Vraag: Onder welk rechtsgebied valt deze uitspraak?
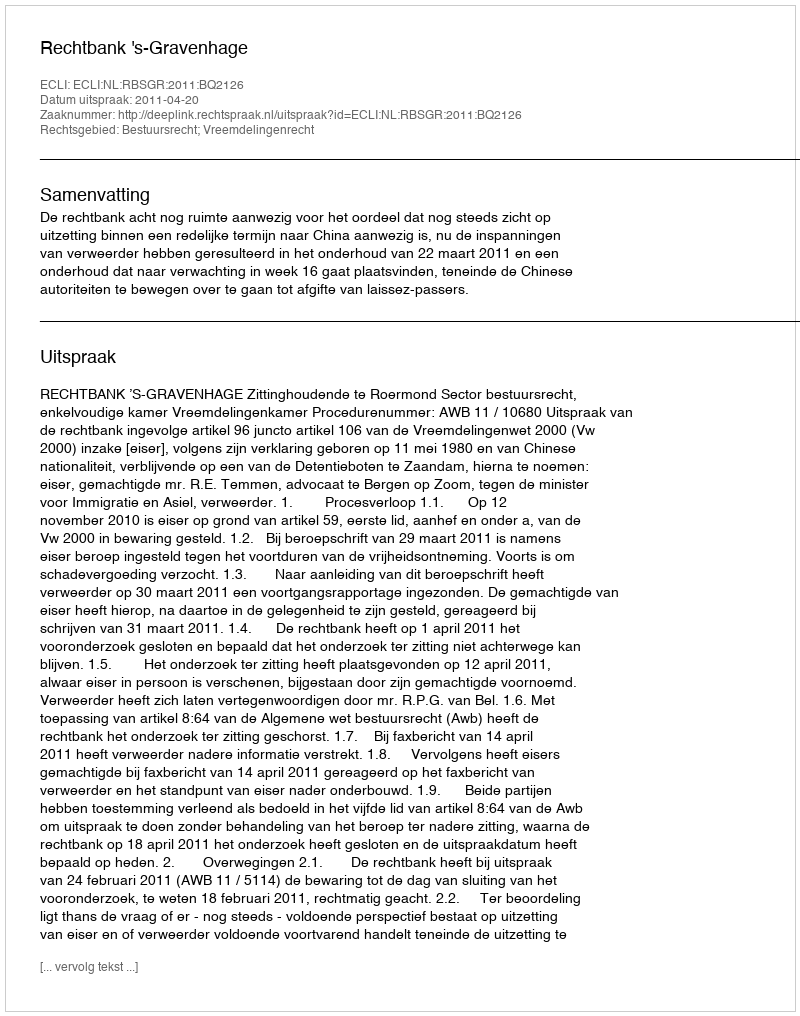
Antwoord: Bestuursrecht; Vreemdelingenrecht